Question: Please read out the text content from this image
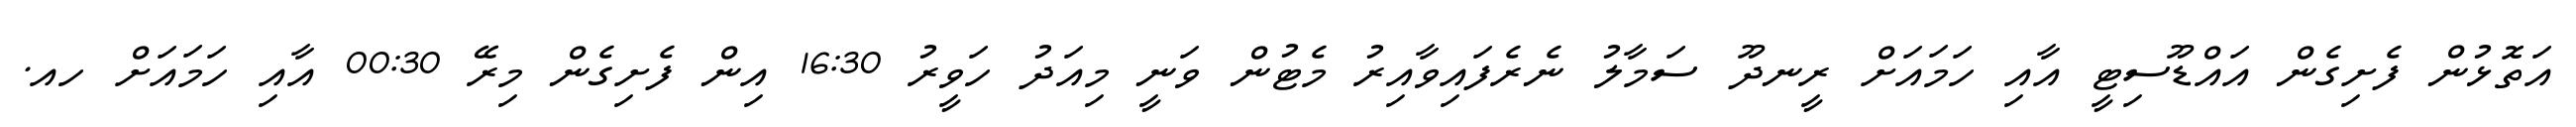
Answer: އަތޮޅުން ފެށިގެން އައްޑޫސިޓީ އާއި ހަމައަށް ރީނދޫ ސަމާލު ނެރެފައިވާއިރު މެޓުން ވަނީ މިއަދު ހަވީރު 16:30 އިން ފެށިގެން މިރޭ 00:30 އާއި ހަމައަށް ހއ.